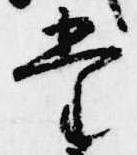
堂